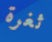
ثغرة